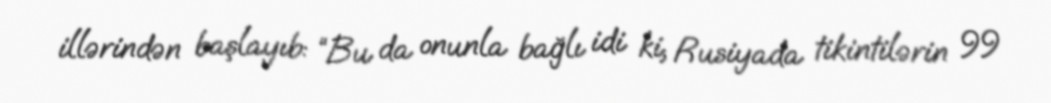
illərindən başlayıb: “Bu da onunla bağlı idi ki, Rusiyada tikintilərin 99